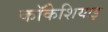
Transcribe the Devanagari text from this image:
कॉकेशियाइ